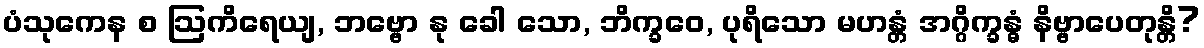
ပံသုကေန စ ဩကိရေယျ, ဘဗ္ဗော နု ခေါ သော, ဘိက္ခဝေ, ပုရိသော မဟန္တံ အဂ္ဂိက္ခန္ဓံ နိဗ္ဗာပေတုန္တိ?